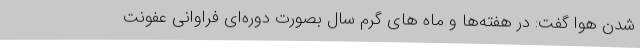
شدن هوا گفت: در هفته‌ها و ماه های گرم سال بصورت دوره‌ای فراوانی عفونت